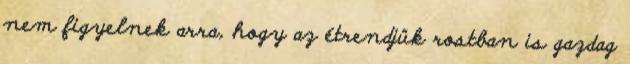
nem figyelnek arra, hogy az étrendjük rostban is gazdag